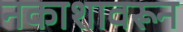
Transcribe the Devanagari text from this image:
नकाशावरून